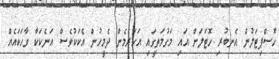
ހޮސްޕިޓަލުން އެނބުރި ހޮޓަލަށް އައި މަގުމަތީގައި އަހަރެމެން ދެމީހުން އެކަކުވެސް އަނެކަކާ ވާހަކައެއް